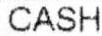
CASH